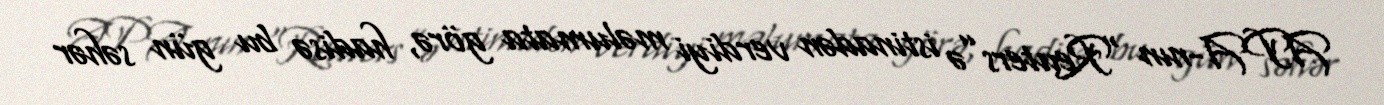
APA-nın “Reuters”ə istinadən verdiyi məlumata görə, hadisə bu gün səhər